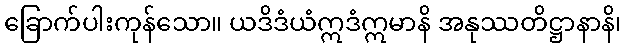
ခြောက်ပါးကုန်သော။ ယဒိဒံယံဣဒံဣမာနိ အနုဿတိဋ္ဌာနာနိ၊